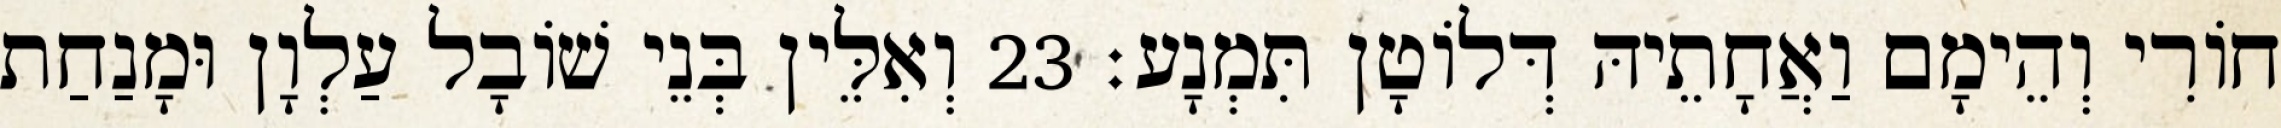
חוֹרִי וְהֵימָם וַאֲחָתֵיהּ דְּלוֹטָן תִּמְנָע׃ 23 וְאִלֵּין בְּנֵי שׁוֹבָל עַלְוָן וּמָנַחַת